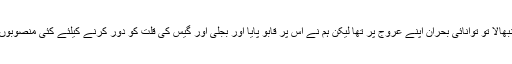
جب ہم نے اقتدار سنبھالا تو توانائی بحران اپنے عروج پر تھا لیکن ہم نے اس پر قابو پایا اور بجلی اور گیس کی قلت کو دور کرنے کیلئے کئی منصوبوں پر کام جاری ہے ۔